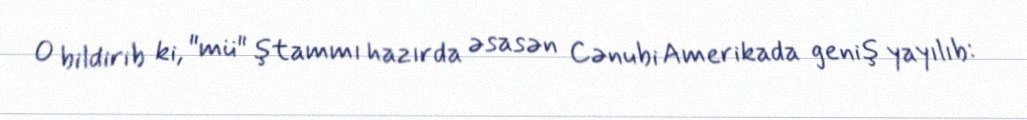
O bildirib ki, "mü" ştammı hazırda əsasən Cənubi Amerikada geniş yayılıb: